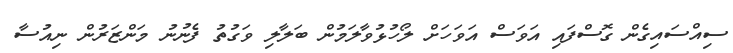
ސިއްސައިގެން ގޮސްފައި އަވަސް އަވަހަށް ލޯހުޅުވާލަމުން ބަލާލި ވަގުތު ފެނުނު މަންޒަރުން ނިއުސާ